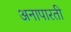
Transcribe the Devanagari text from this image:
अनापारती